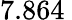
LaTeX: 7.864\